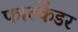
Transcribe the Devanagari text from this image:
फाल्केंडर